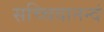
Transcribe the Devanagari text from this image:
सच्चिदानन्दं